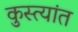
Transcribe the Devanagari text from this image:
कुस्त्यांत